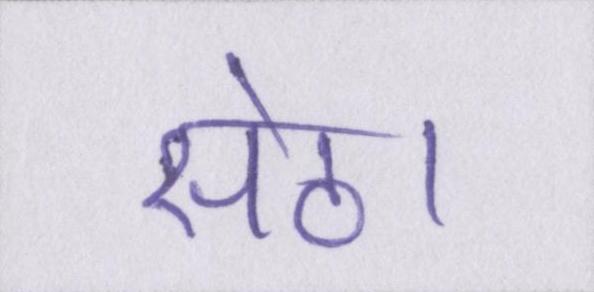
सेठ।